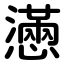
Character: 懣